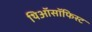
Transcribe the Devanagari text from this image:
थिऑसॉफिस्ट